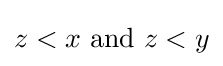
z<x{\text{ and }}z<y